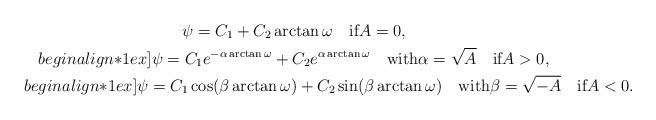
LaTeX: \begin{gather*}\psi=C_1+C_2\arctan\omega\quad\mbox{if}A=0,\\begin{align*}1ex]\psi=C_1e^{-\alpha\arctan\omega}+C_2e^{\alpha\arctan\omega}\quad\mbox{with}\alpha=\sqrt A \quad\mbox{if}A>0,\\begin{align*}1ex]\psi=C_1\cos(\beta\arctan\omega)+C_2\sin(\beta\arctan\omega)\quad\mbox{with}\beta=\sqrt{-A} \quad\mbox{if}A<0.\end{gather*}